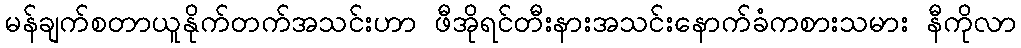
မန်ချက်စတာယူနိုက်တက်အသင်းဟာ ဖီအိုရင်တီးနားအသင်းနောက်ခံကစားသမား နီကိုလာ